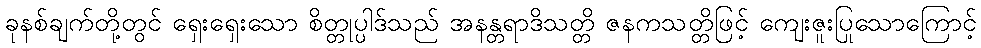
ခုနစ်ချက်တို့တွင် ရှေးရှေးသော စိတ္တုပ္ပါဒ်သည် အနန္တရာဒိသတ္တိ ဇနကသတ္တိဖြင့် ကျေးဇူးပြုသောကြောင့်